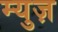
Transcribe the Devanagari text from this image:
म्युज़